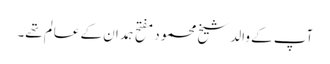
آپ کے والد شیخ محمود مفتح ہمدان کے عالم تھے۔